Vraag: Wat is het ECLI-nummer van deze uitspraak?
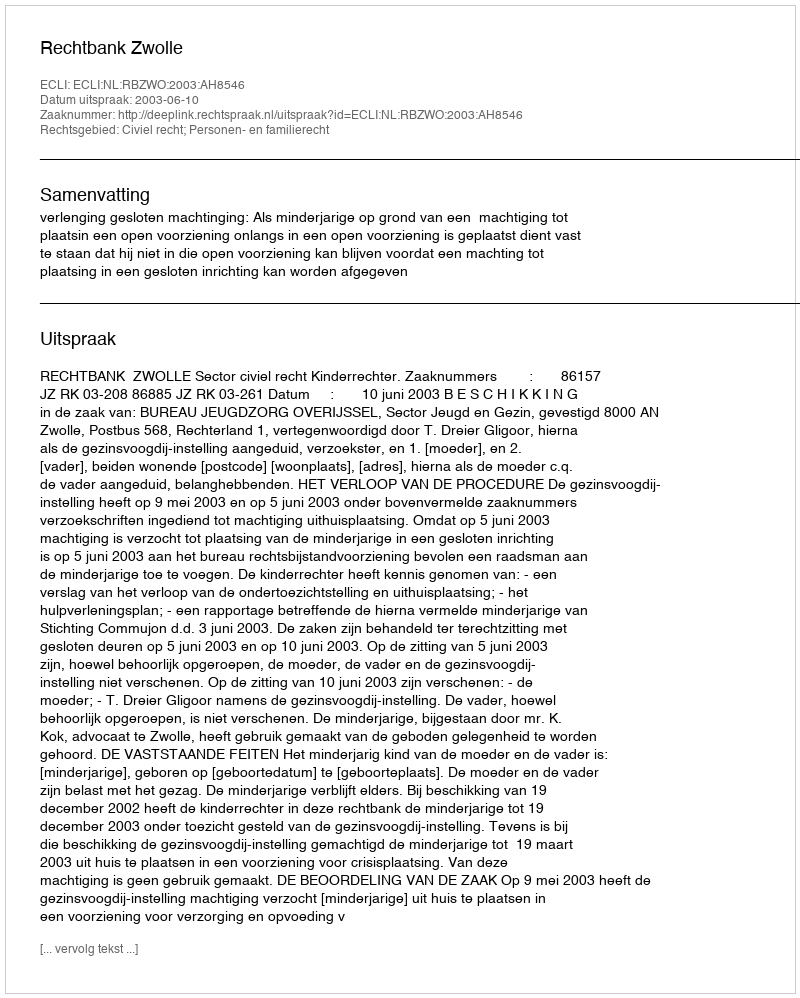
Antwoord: ECLI:NL:RBZWO:2003:AH8546